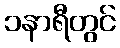
၁နာရီတွင်